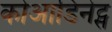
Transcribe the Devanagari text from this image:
कोआडिनेट्स